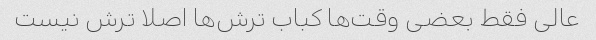
عالی فقط بعضی وقت‌ها کباب ترش‌ها اصلا ترش نیست